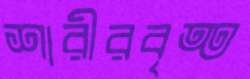
শারীরবৃত্ত